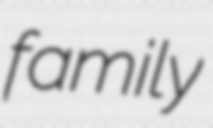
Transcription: family